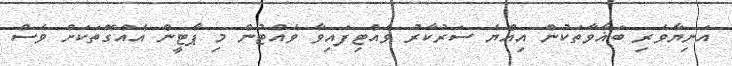
އަނިޔާވެރި ބަޣާވާތަކުން އިއްޔެ ސަރުކާރު ވެއްޓިފައިވާ ވެއްޓުން މި ޕާޓީން އެއްގޮތަކަށް ވެސް